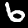
Digit: 6